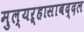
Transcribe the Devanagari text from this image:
मुल्यऱ्हासाबद्दल